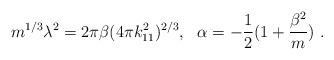
LaTeX: \begin{align*}m^{1/3} \lambda^2 = 2 \pi \beta (4 \pi k_{11}^2 )^{2/3}, \ \ \alpha = -{1 \over 2} (1 + {\beta^2 \over m }) \ . \end{align*}